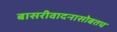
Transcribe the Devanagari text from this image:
बासरीवादनासोबतच